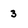
Character: 3